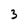
Character: 3